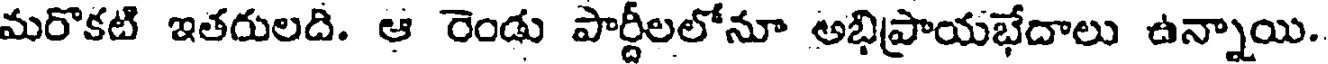
మరొకటి ఇతరులది. ఆ రెండు పార్టీలలోనూ అభిప్రాయభేదాలు ఉన్నాయి.